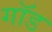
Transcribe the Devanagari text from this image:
गाॅड